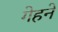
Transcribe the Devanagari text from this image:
गेहने